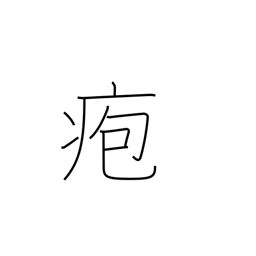
Meaning: blister